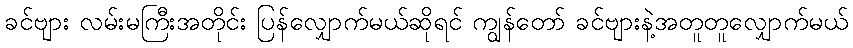
ခင်ဗျား လမ်းမကြီးအတိုင်း ပြန်လျှောက်မယ်ဆိုရင် ကျွန်တော် ခင်ဗျားနဲ့အတူတူလျှောက်မယ်